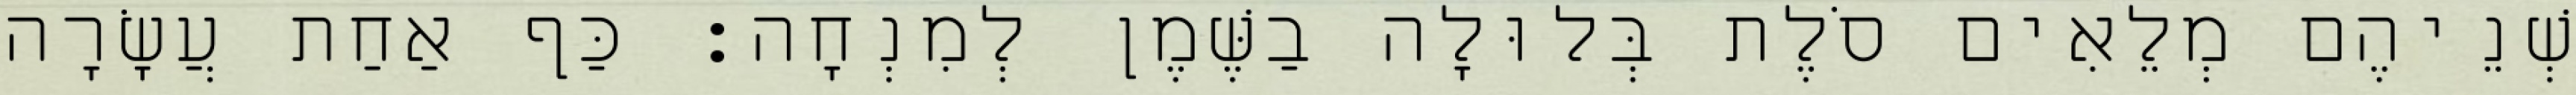
שְׁנֵיהֶם מְלֵאִים סֹלֶת בְּלוּלָה בַשֶּׁמֶן לְמִנְחָה׃ כַּף אַחַת עֲשָׂרָה